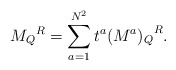
\begin{align*}{M_{Q}}^{R} = \sum_{a=1}^{N^2} t^{a} {(M^{a})_{Q}}^{R}.\end{align*}